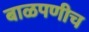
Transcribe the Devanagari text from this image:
बाळपणीच